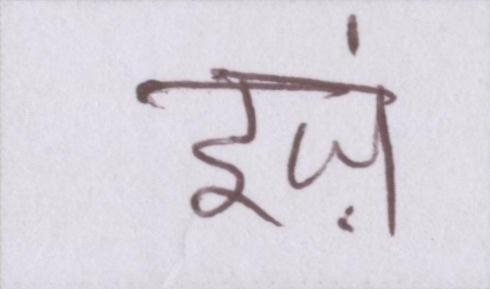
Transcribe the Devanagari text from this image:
इज़